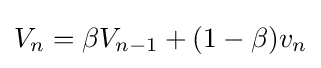
V_{n}=\beta V_{n-1}+(1-\beta )v_{n}